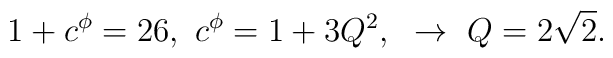
1+c^{\phi}=26,~c^{\phi}=1+3Q^2,~\to ~Q = 2\sqrt{2}.